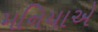
મનિયાએ